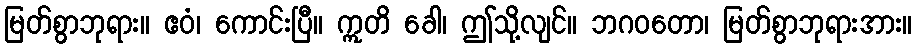
မြတ်စွာဘုရား။ ဧဝံ၊ ကောင်းပြီ။ ဣတိ ခေါ၊ ဤသို့လျင်။ ဘဂဝတော၊ မြတ်စွာဘုရားအား။